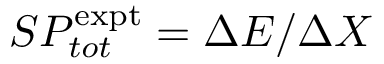
S P _ { t o t } ^ { \mathrm { e x p t } } = \Delta E / \Delta X